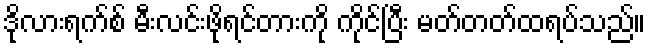
ဒိုလားရက်စ် မီးလင်းဖိုရင်တားကို ကိုင်ပြီး မတ်တတ်ထရပ်သည်။